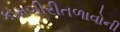
કામગીરીતળાવોની